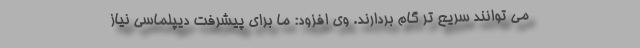
می توانند سریع تر گام بردارند. وی افزود: ما برای پیشرفت دیپلماسی نیاز